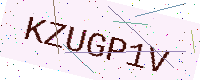
Text: KZUGP1V